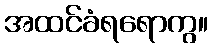
အထင်ခံရရောကွ။